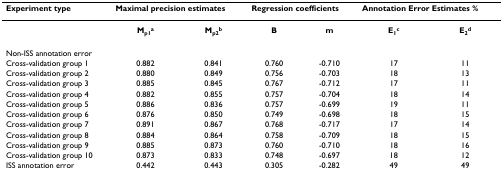
<table><thead><tr><td><b>Experiment type</b></td><td colspan="2"><b>Maximal precision estimates</b></td><td colspan="2"><b>Regression coefficients</b></td><td colspan="2"><b>Annotation Error Estimates %</b></td></tr></thead><tbody><tr><td></td><td><b>M</b><sub><b>p1</b></sub><sup><b>a</b></sup></td><td><b>M</b><sub><b>p2</b></sub><sup><b>b</b></sup></td><td><b>B</b></td><td><b>m</b></td><td><b>E</b><sub><b>1</b></sub><sup><b>c</b></sup></td><td><b>E</b><sub><b>2</b></sub><sup><b>d</b></sup></td></tr><tr><td>Non-ISS annotation error</td><td></td><td></td><td></td><td></td><td></td><td></td></tr><tr><td>Cross-validation group 1</td><td>0.882</td><td>0.841</td><td>0.760</td><td>-0.710</td><td>17</td><td>11</td></tr><tr><td>Cross-validation group 2</td><td>0.880</td><td>0.849</td><td>0.756</td><td>-0.703</td><td>18</td><td>13</td></tr><tr><td>Cross-validation group 3</td><td>0.885</td><td>0.845</td><td>0.767</td><td>-0.712</td><td>17</td><td>11</td></tr><tr><td>Cross-validation group 4</td><td>0.882</td><td>0.855</td><td>0.757</td><td>-0.704</td><td>18</td><td>14</td></tr><tr><td>Cross-validation group 5</td><td>0.886</td><td>0.836</td><td>0.757</td><td>-0.699</td><td>19</td><td>11</td></tr><tr><td>Cross-validation group 6</td><td>0.876</td><td>0.850</td><td>0.749</td><td>-0.698</td><td>18</td><td>15</td></tr><tr><td>Cross-validation group 7</td><td>0.891</td><td>0.867</td><td>0.768</td><td>-0.717</td><td>17</td><td>14</td></tr><tr><td>Cross-validation group 8</td><td>0.884</td><td>0.864</td><td>0.758</td><td>-0.709</td><td>18</td><td>15</td></tr><tr><td>Cross-validation group 9</td><td>0.885</td><td>0.873</td><td>0.760</td><td>-0.710</td><td>18</td><td>16</td></tr><tr><td>Cross-validation group 10</td><td>0.873</td><td>0.833</td><td>0.748</td><td>-0.697</td><td>18</td><td>12</td></tr><tr><td>ISS annotation error</td><td>0.442</td><td>0.443</td><td>0.305</td><td>-0.282</td><td>49</td><td>49</td></tr></tbody></table>